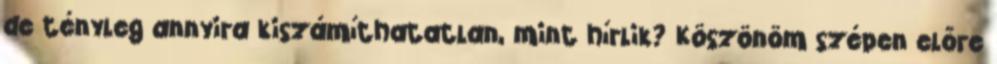
de tényleg annyira kiszámíthatatlan, mint hírlik? Köszönöm szépen előre